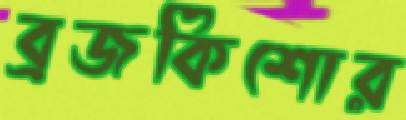
ব্রজকিশোর